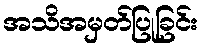
အသိအမှတ်ပြုခြင်း